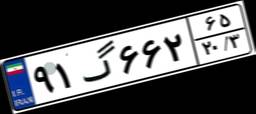
۹۱گ۶۶۲۶۵